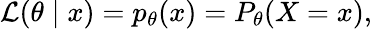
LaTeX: {\mathcal{L}}(\theta\mid x)=p_{\theta}(x)=P_{\theta}(X=x),